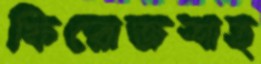
ফিরোজশাহ